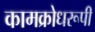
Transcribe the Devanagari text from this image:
कामक्रोधरूपी